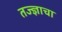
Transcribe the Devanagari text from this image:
तज्ज्ञाचा